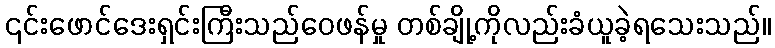
၎င်းဖောင်ဒေးရှင်းကြီးသည်ဝေဖန်မှု တစ်ချို့ကိုလည်းခံယူခဲ့ရသေးသည်။